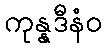
ကုန္နဒီနံဝ